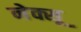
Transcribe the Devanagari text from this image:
नेक्सू